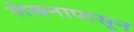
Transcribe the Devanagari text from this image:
लेखनापासून